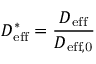
D _ { \mathrm { e f f } } ^ { * } = \frac { D _ { \mathrm { e f f } } } { D _ { \mathrm { e f f , 0 } } }